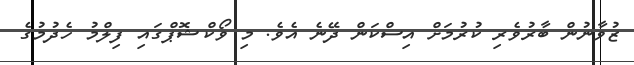
ޒުވާނުން ބާރުވެރި ކުރުމަށް އިސްކަން ދޭނެ އެވެ. މި ވޯކްޝޮޕްގައި ފިލްމު ހެދުމުގެ